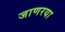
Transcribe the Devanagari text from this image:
जाणरया